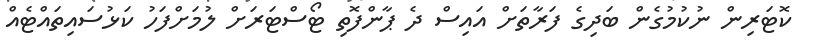
ކޮޓަރިން ނުކުމުގެން ބަދިގެ ފަރާތަށް އައިސް ދެ ޕާންފޮތި ޓޯސްޓަރަށް ލުމަށްފަހު ކަޅުސައިތައްޓެއް